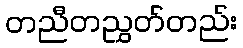
တညီတညွှတ်တည်း